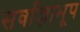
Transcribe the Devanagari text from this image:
सर्वाज्ञाभूप